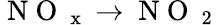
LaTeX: \mathrm{~N~O~}_{\mathrm{~x~}}\rightarrow\mathrm{~N~O~}_{\mathrm{~2~}}